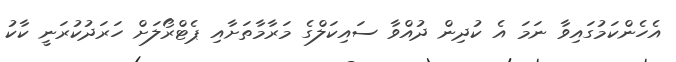
އެހެންކަމުގައިވާ ނަމަ އެ ކުދިން ދުއްވާ ސައިކަލްގެ މަރާމާތަށާއި ޕެޓްރޯލަށް ހަރަދުކުރަނީ ކާކު